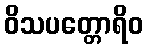
ဝိသပတ္တောရိဝ